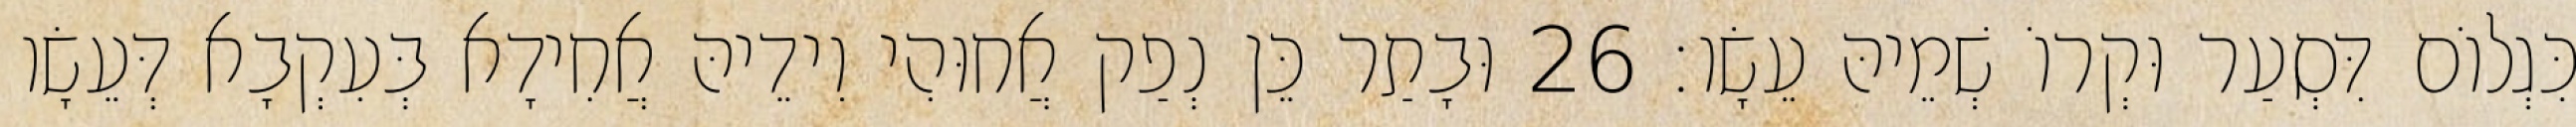
כִּגְלוֹם דִּסְעַר וּקְרוֹ שְׁמֵיהּ עֵשָׂו׃ 26 וּבָתַר כֵּן נְפַק אֲחוּהִי וִידֵיהּ אֲחִידָא בְּעִקְבָא דְּעֵשָׂו